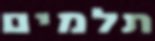
תלמים